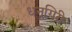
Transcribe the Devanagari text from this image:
धनगिरी